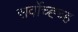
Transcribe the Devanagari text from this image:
सर्वोच्ह्च्ह